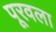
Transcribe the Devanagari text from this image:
पूरवला